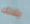
بلانك